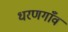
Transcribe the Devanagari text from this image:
धरणगाँव